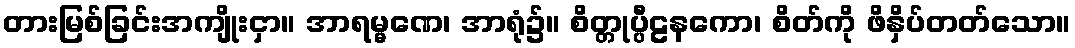
တားမြစ်ခြင်းအကျိုးငှာ။ အာရမ္မဏေ၊ အာရုံ၌။ စိတ္တုပ္ပီဠနကော၊ စိတ်ကို ဖိနှိပ်တတ်သော။